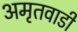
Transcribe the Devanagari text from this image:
अमृतवाडी